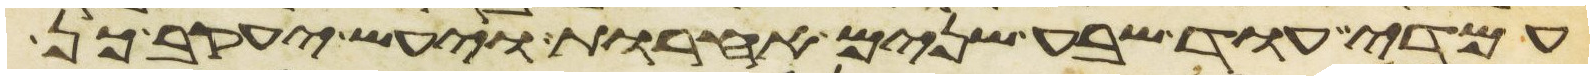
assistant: עמדי עוד שבע שנים אחרות ויעש יעקב כן